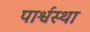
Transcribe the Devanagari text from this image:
पार्श्वस्था